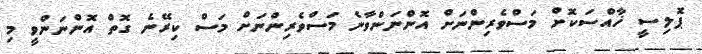
ޕޮލިސީ ޚާއްސަކޮށް މަސްވެރިންނަށް އޮންނަންވާނެ މަސްވެރިންނަށް މަސް ކިރޭނެ ގޮތް އޮންނަންވީ މި